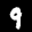
Label: 9